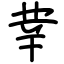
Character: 丵